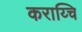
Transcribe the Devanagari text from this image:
कराय्चि